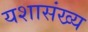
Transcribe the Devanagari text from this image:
यशासंख्य